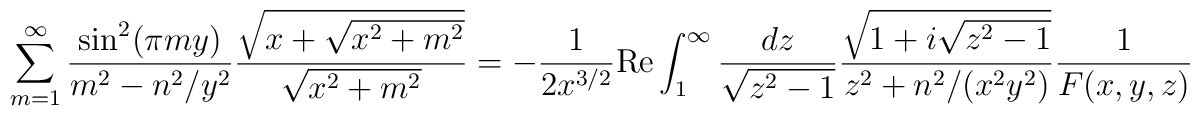
\sum_{m=1}^\infty \frac{\sin^2(\pi m y)}{m^2 - n^2/y^2} \frac{ \sqrt{x + \sqrt{x^2 + m^2}}}{ \sqrt{x^2 + m^2}}= - \frac{1}{2 x^{3/2}} {\rm Re} \int_1^\infty \frac{dz}{\sqrt{z^2 - 1}}\frac{\sqrt{1 + i \sqrt{z^2 - 1}}}{ z^2 + n^2/(x^2 y^2)} \frac{1}{ F(x,y,z)}